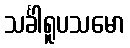
သင်္ခါရူပသမော